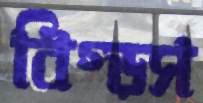
বিগ্‌ড়স